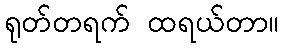
ရုတ်တရက် ထရယ်တာ။